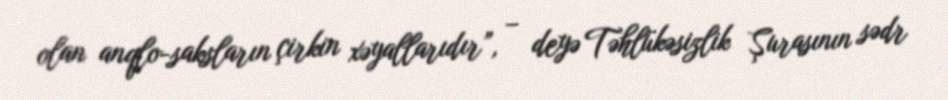
olan anqlo-saksların çirkin xəyallarıdır”, – deyə Təhlükəsizlik Şurasının sədr